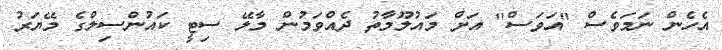
އެހެން ނަމަވެސް "އަވަސް" އަށް މައުލޫމާތު ދެއްވަމުން މާލޭ ސިޓީ ކައުންސިލްގެ މޭޔަރު